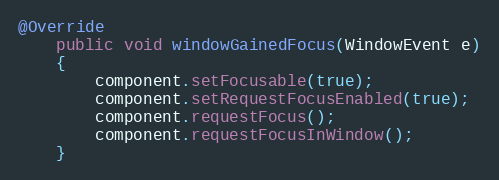
Language: Java
@Override
	public void windowGainedFocus(WindowEvent e)
	{
		component.setFocusable(true);
		component.setRequestFocusEnabled(true);
		component.requestFocus();
		component.requestFocusInWindow();
	}